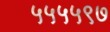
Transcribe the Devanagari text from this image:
५५५५९७